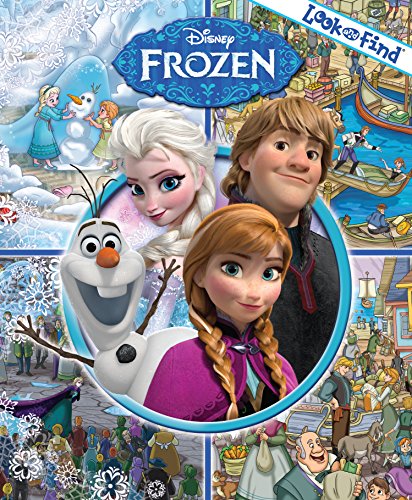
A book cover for Look and FindÂ® DisneyÂ® Frozen; Children's Books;